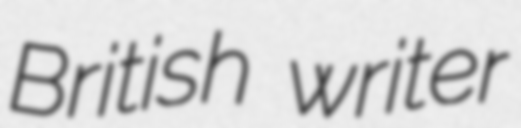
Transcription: British writer